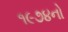
૧૯૭૪નો